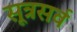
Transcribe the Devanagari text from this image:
सूत्रसर्व